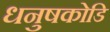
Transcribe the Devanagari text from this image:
धनुषकोडि